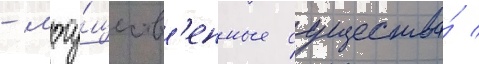
- могу́ществ'енные существа́ /